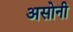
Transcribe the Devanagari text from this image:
असोनी